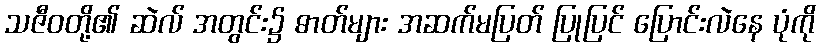
သဇီဝတို့၏ ဆဲလ် အတွင်း၌ ဓာတ်များ အဆက်မပြတ် ပြုပြင် ပြောင်းလဲနေ ပုံကို